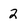
Character: 2